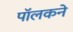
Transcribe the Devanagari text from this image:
पॉलकने